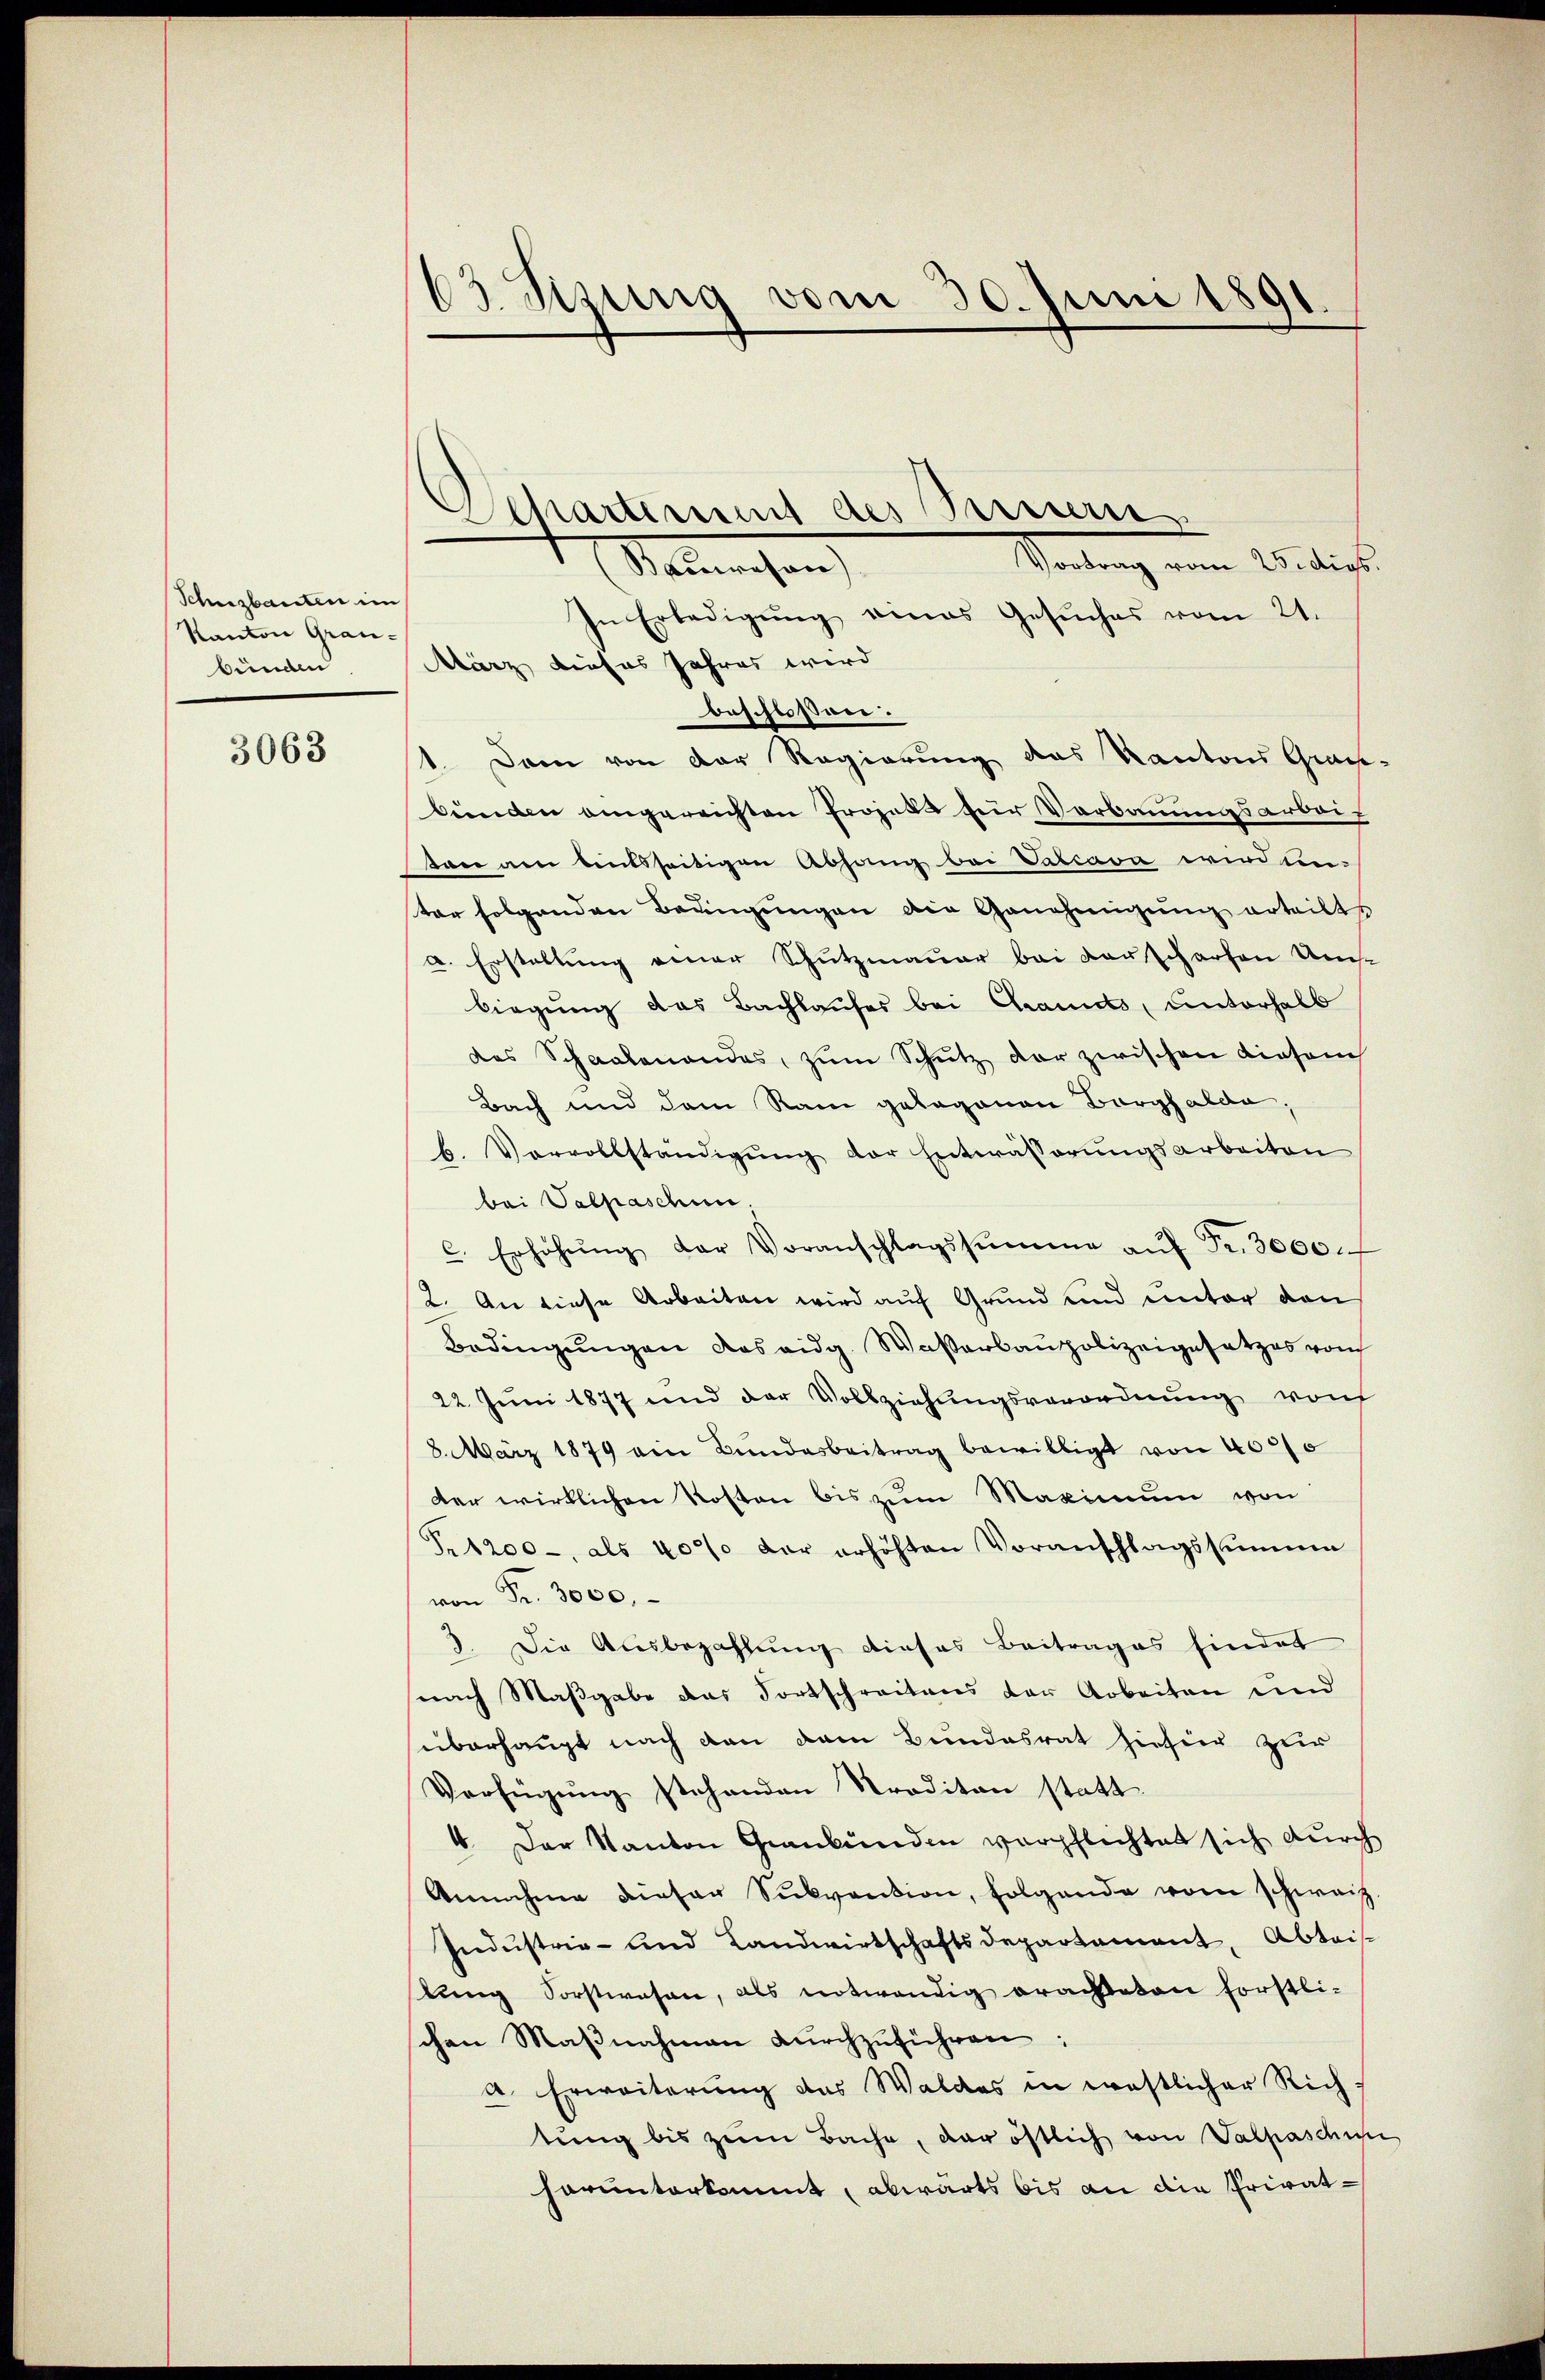
Schnzbauten im
Kanton Grau-
bünden

3063

63. Sizung vom 30. Juni 1891

Schartiment des Percern
Stammenhan

Wartung von Witirt
In Erledigŭng eines Gesŭches vom 21.
März dieses Jahres wird
doschüßen.
1. Dann von der Regierung des Kantons Grau-
bünden angereichten Projekt für Verbauungsarbeit
ton am beitsseitigen Abhang bei Valcava wird ein-
ter folgenden Bringungen die Genehmigung erteilt
a. Erstellung einer Schutzmauer bei darscharfen Umst
biegung das Bachlaufes bei Grands, unterhalb
des Schaalenandes, zŭm Schutz der zwischen diesem
Bach und dem Ram gelegenen Borghalde,
b. Vervollständigung der Entwässerungsarbeiten
bei Valpaschen.
c. Erhöhŭng der Voranschlagssumme aŭf Fr. 3000 f
2. An diese Arbeiten wird auf Grund und unter den
Bedingungen das eidg. Wasserbaupolizeigesetzes von
22. Juni 1877 und der Vollziehŭngsverordnŭng von
8. März 1879 ein Bundesbeitrag bewilligt von 4000
der wirklichen Kosten bis zum Maximum von
Pr 1200 -, als 4000 der erhöhten Voranschlagssumme
von Fr. 3000.
3. Die Ausbezahlung dieses Beitrages findet
nach Maßgabe das Fortschreitens der Arbeiten und
überhaupt nach den dem Bundesrat hieher zur
Verfügung stehenden Traditan statt.
4. Der Kanton Grankunden verpflichtet sich durch
Annahme dieser Sŭbvention, folgende vom schweiz.
Industrie- und Landwirtschaftsdepartement, Abtei
lung Sorstwesen, als notwendig erachteten Forstli-
schen Maβnahmen dŭrchzŭführen:
a. Erweiterung des Waldes in westlicher Rich
tung bis zum Bache, der östlich von Valpaschun
harunterkommt, abwärts bis an die Privat¬